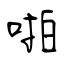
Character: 啪